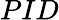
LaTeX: {PID}